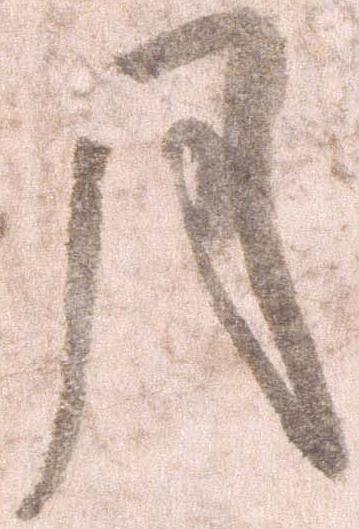
月